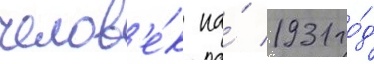
челов'е́к на́ 1931 го́д